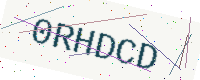
Text: 0RHDCD